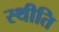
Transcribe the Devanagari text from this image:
स्थीति